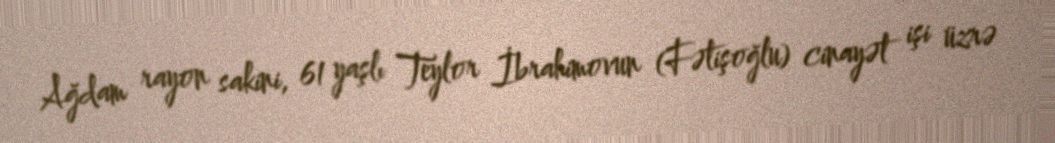
Ağdam rayon sakini, 61 yaşlı Teylor İbrahimovun (Fətişoğlu) cinayət işi üzrə